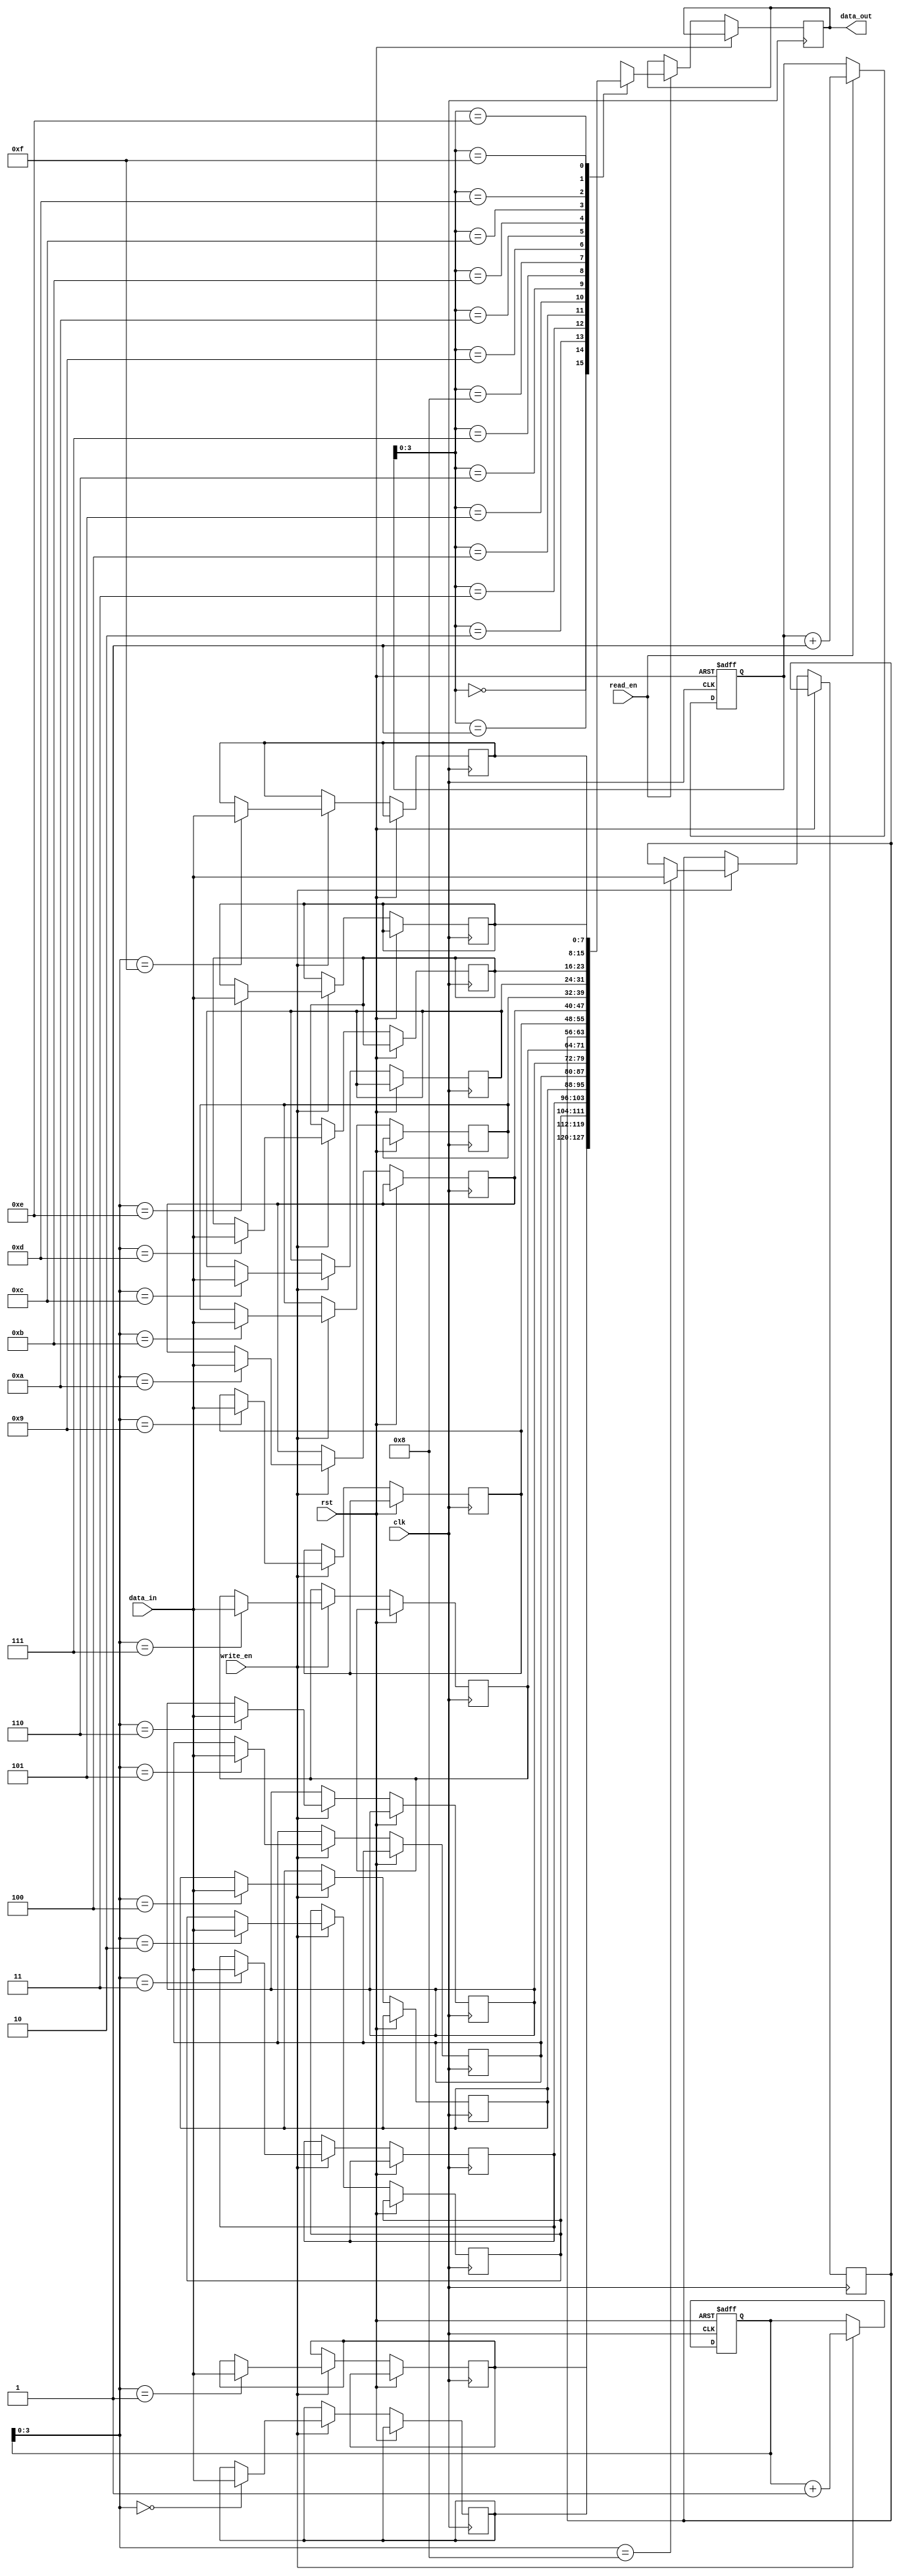
module LastWordFallThroughFIFO (
  input wire clk,
  input wire rst,
  input wire [DATA_WIDTH-1:0] data_in,
  input wire write_en,
  output wire [DATA_WIDTH-1:0] data_out,
  input wire read_en
);

parameter DEPTH = 16;
parameter DATA_WIDTH = 8;

reg [DATA_WIDTH-1:0] mem [0:DEPTH-1];
reg [DATA_WIDTH-1:0] last_word;

reg [DEPTH-1:0] read_ptr = 0;
reg [DEPTH-1:0] write_ptr = 0;

always @(posedge clk or posedge rst) begin
  if (rst) begin
    read_ptr <= 0;
    write_ptr <= 0;
  end else begin
    if (write_en) begin
      mem[write_ptr] <= data_in;
      write_ptr <= write_ptr + 1;
    end
    if (read_en) begin
      data_out <= mem[read_ptr];
      read_ptr <= read_ptr + 1;
    end
  end
end

always @(*) begin
  if (read_ptr == write_ptr && read_en && write_en) begin
    last_word <= data_out;
  end
end

endmodule